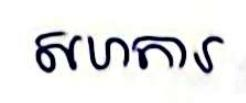
សហការ